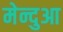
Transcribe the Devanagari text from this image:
मेन्दुआ